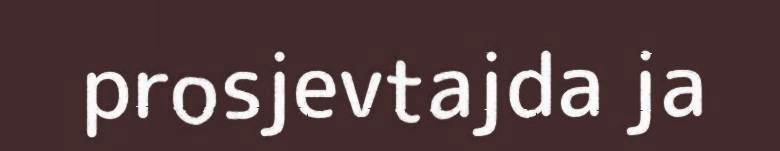
prosjevtajda ja